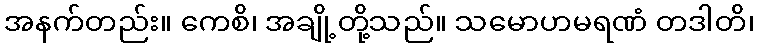
အနက်တည်း။ ကေစိ၊ အချို့တို့သည်။ သမောဟမရဏံ တဒါတိ၊